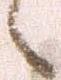
候